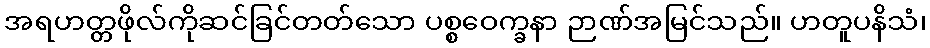
အရဟတ္တဖိုလ်ကိုဆင်ခြင်တတ်သော ပစ္စဝေက္ခနာ ဉာဏ်အမြင်သည်။ ဟတူပနိသံ၊